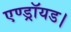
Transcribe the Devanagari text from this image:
एण्ड्रॉयड।